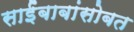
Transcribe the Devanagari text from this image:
साईंबाबांसोबत